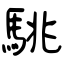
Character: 駣